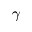
\gamma